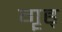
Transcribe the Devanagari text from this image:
गॄह्